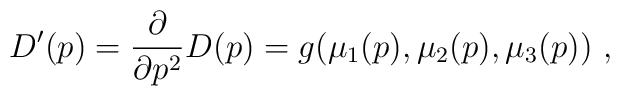
D'(p)={\partial \over \partial p^2} D(p)=g(\mu_1(p),\mu_2(p),\mu_3(p))~,